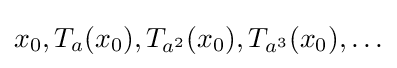
x_{0},T_{a}(x_{0}),T_{a^{2}}(x_{0}),T_{a^{3}}(x_{0}),\ldots